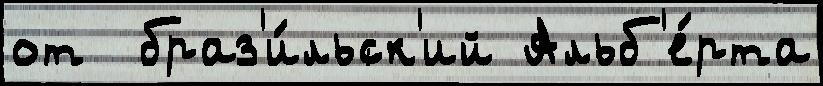
от  браз'и́льск'ий Альб'е́рта